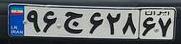
۹۶ج۶۲۸۶۷